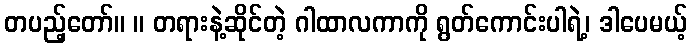
တပည့်တော်။ ။ တရားနဲ့ဆိုင်တဲ့ ဂါထာလကာကို ရွတ်ကောင်းပါရဲ့၊ ဒါပေမယ့်